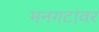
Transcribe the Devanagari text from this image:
मनगटांवर